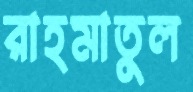
রাহমাতুল